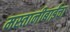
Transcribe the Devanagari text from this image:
मस्तानीबाईंचा